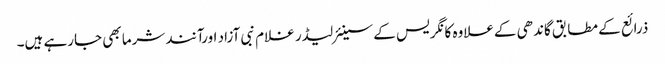
ذرائع کے مطابق گاندھی کےعلاوہ کانگریس کے سینئرلیڈر غلام نبی آزاد اورآنند شرما بھی جارہے ہیں۔